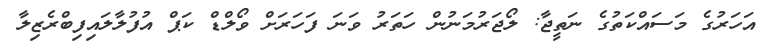
އަހަރުގެ މަސައްކަތުގެ ނަތީޖާ: ލޯޖަރުމަނުން ހަތަރު ވަނަ ފަހަރަށް ވޯލްޑް ކަޕް އުފުލާލައިފިބްރެޒިލާ